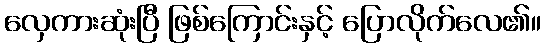
လှေကားဆုံးပြီ ဖြစ်ကြောင်းနှင့် ပြောလိုက်လေ၏။